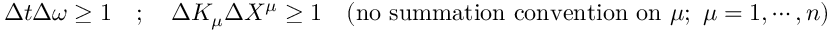
\Delta t \Delta \omega \geq 1 \quad ; \quad \Delta K _ { \mu } \Delta X ^ { \mu } \geq 1 \quad ( \mathrm { n o \ s u m m a t i o n \ c o n v e n t i o n \ o n } \ \mu ; \ \mu = 1 , \cdots , n )